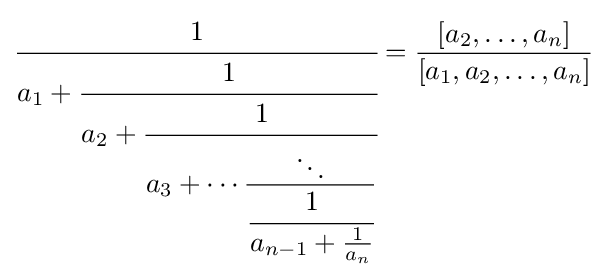
{\cfrac {1}{a_{1}+{\cfrac {1}{a_{2}+{\cfrac {1}{a_{3}+\cdots {\frac {\ddots }{\cfrac {1}{a_{n-1}+{\frac {1}{a_{n}}}}}}}}}}}}={\frac {[a_{2},\ldots ,a_{n}]}{[a_{1},a_{2},\ldots ,a_{n}]}}